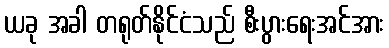
ယခု အခါ တရုတ်နိုင်ငံသည် စီးပွားရေးအင်အား